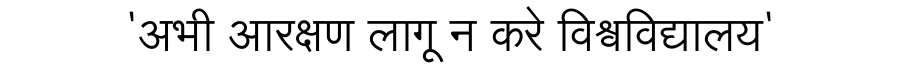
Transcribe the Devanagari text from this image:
'अभी आरक्षण लागू न करे विश्वविद्यालय'